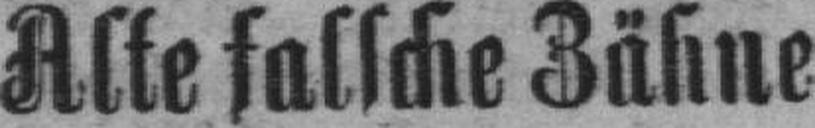
Alte falsche Zähne